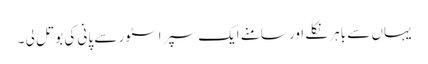
یہاں سے باہر نکلے اور سامنے ایک سپر اسٹور سے پانی کی بوتل لی ۔